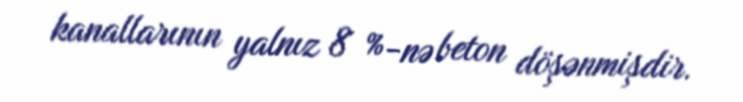
kanallarının yalnız 8 %-nə beton döşənmişdir.